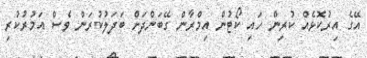
އޭގެ އިރުކޮޅެއް ކުރިން ހައި ކޯޓުން އިމްރާން ގޭބަންދަށް ބަދަލުކުރަން ވެސް އަމުރުކުރި